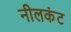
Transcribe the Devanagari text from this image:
नीलकंट